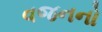
વજનનો